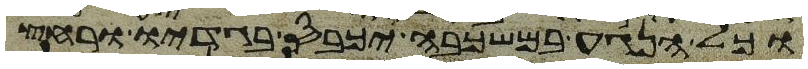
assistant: וכל הנגע במשכבה יכבס בגדיו ורחץ